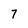
Character: 7